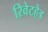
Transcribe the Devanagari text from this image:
रिवेटहेड